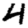
Digit: 4